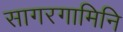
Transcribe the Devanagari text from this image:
सागरगामिनि